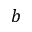
b